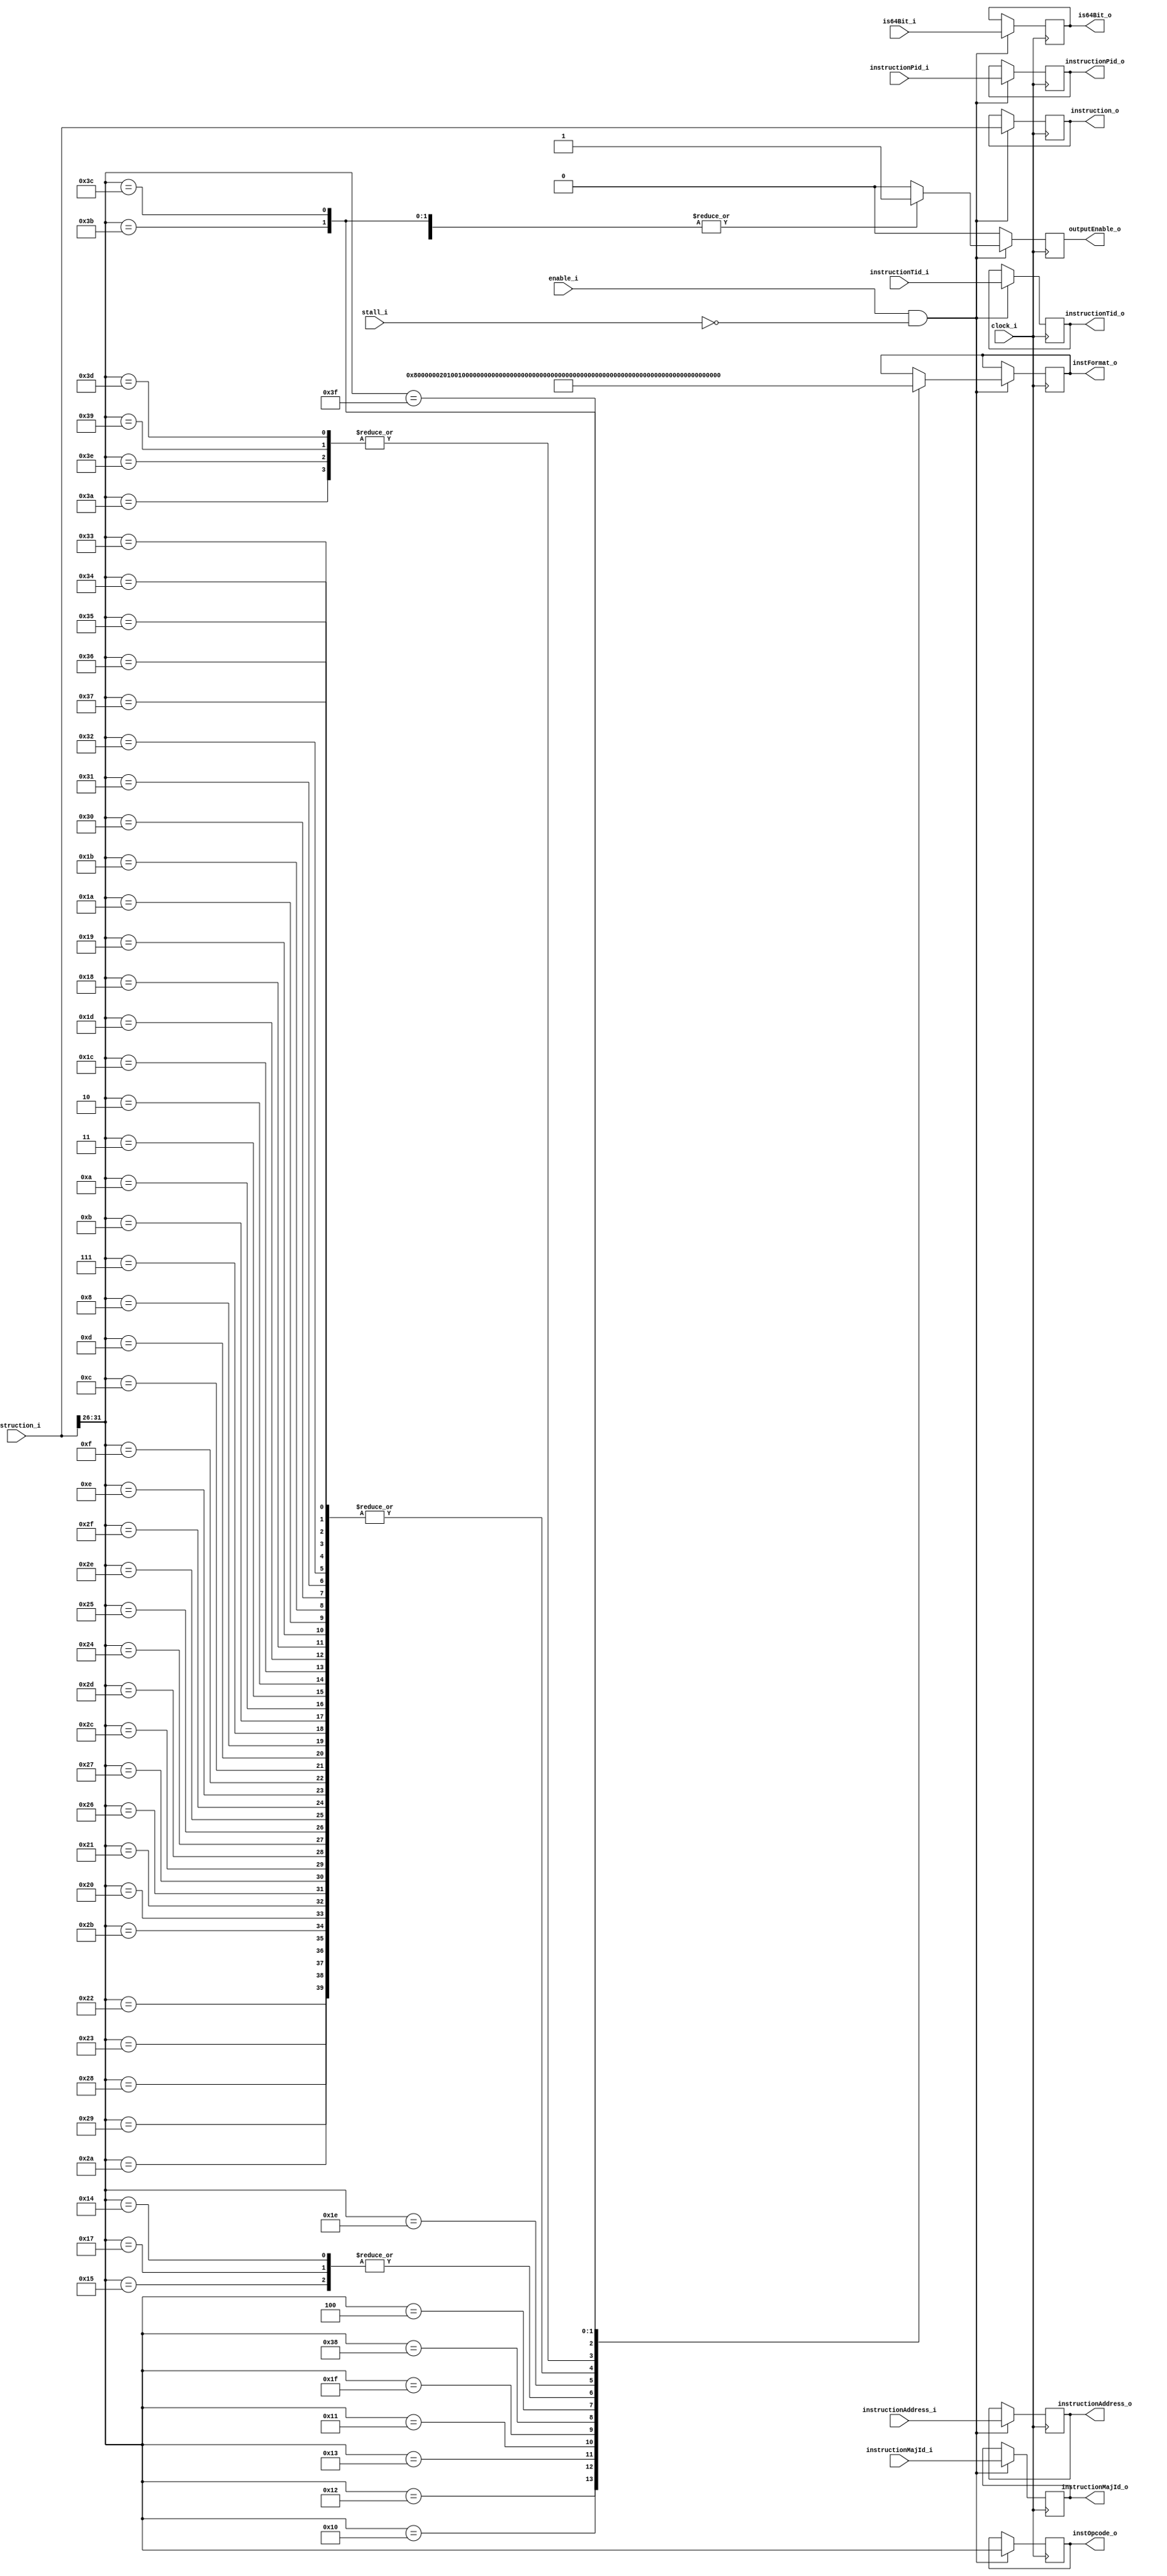
`timescale 1ns / 1ps
//`define DEBUG
//`define DEBUG_PRINT
`define QUIET_INVALID
/*/////////Format decode/////////////
Writen by Josh "Hakaru" Cantwell - 19.12.2022

The Power ISA specifies 25 different instruction formats, this decode unit operates in 3 stages, these are decribed below:
This stage takes the instruction from the fetch unit and performs a quick scan on the instruction to determine 
the instruction's format. It then provides the instruction to the format specific decoder.
*/

module FormatScanner
#(
    parameter addressWidth = 64, //addresses are 64 bits wide
    parameter instructionWidth = 4 * 8, // POWER instructions are 4 byte fixed sized
    parameter PidSize = 32, parameter TidSize = 64,
    parameter instructionCounterWidth = 64,// 64 bit counter to uniquly identify instructions, this is known as the major ID as instructions may be broken into micro instructions which will have the same major ID yet unique minor IDs
    parameter primOpcodeSize = 6,
    parameter formatScannerInstance = 0,

    //Each format has a unique bit, this means that I can or multiple formats together into a single variable to pass to
    //the next stage for the format-specific decoders to look at for the instruction opcodes with multiple possible formats

    parameter A = 2**00, parameter B = 2**01, parameter D = 2**02, parameter DQ = 2**03, parameter DS = 2**04, parameter DX = 2**05,
    parameter I = 2**06, parameter M = 2**07, parameter MD = 2**08, parameter MDS = 2**09, parameter SC = 2**10, parameter VA = 2**11,
    parameter VC = 2**12, parameter VX = 2**13, parameter X = 2**14, parameter XFL = 2**15, parameter XFX = 2**16, parameter XL = 2**17,
    parameter XO = 2**18, parameter XS = 2**19, parameter XX2 = 2**20, parameter XX3 = 2**21, parameter XX4 = 2**22,
    parameter Z22 = 2**23, parameter Z23 = 2**24     
)
(
    ///Input
    //command
    input wire clock_i,
    `ifdef DEBUG_PRINT 
    input wire reset_i,
`endif
    input wire enable_i, stall_i,
    //data
    input wire [0:instructionWidth-1] instruction_i,
    input wire [0:addressWidth-1] instructionAddress_i,
    input wire is64Bit_i,
    input wire [0:PidSize-1] instructionPid_i,
    input wire [0:TidSize-1] instructionTid_i,
    input wire [0:instructionCounterWidth-1] instructionMajId_i,
    ///Output
    output reg outputEnable_o,
    output reg [0:25-1] instFormat_o,
    output reg [0:primOpcodeSize-1] instOpcode_o,
    output reg [0:instructionWidth-1] instruction_o,
    output reg [0:addressWidth-1] instructionAddress_o,
    output reg is64Bit_o,
    output reg [0:PidSize-1] instructionPid_o,
    output reg [0:TidSize-1] instructionTid_o,
    output reg [0:instructionCounterWidth-1] instructionMajId_o
);

`ifdef DEBUG_PRINT
integer debugFID;
`endif

always @(posedge clock_i)
begin
    `ifdef DEBUG_PRINT
    if(reset_i)
    begin
        $display("Format scanner reset");
        case(formatScannerInstance)//If we have multiple decoders, they each get different files. The second number indicates the decoder# log file.
        0: begin 
            debugFID = $fopen("DecodeFormatScan0.log", "w");
        end
        1: begin 
            debugFID = $fopen("DecodeFormatScan1.log", "w");
        end
        2: begin 
            debugFID = $fopen("DecodeFormatScan2.log", "w");
        end
        3: begin 
            debugFID = $fopen("DecodeFormatScan3.log", "w");
        end
        4: begin 
            debugFID = $fopen("DecodeFormatScan4.log", "w");
        end
        5: begin 
            debugFID = $fopen("DecodeFormatScan5.log", "w");
        end
        6: begin 
            debugFID = $fopen("DecodeFormatScan6.log", "w");
        end
        7: begin 
            debugFID = $fopen("DecodeFormatScan7.log", "w");
        end
        endcase
        
    end
    else `endif if(enable_i && !stall_i)
    begin
        //pass through the format agnostic data
        instruction_o <= instruction_i;
        instructionAddress_o <= instructionAddress_i;
        is64Bit_o <= is64Bit_i;
        instructionPid_o <= instructionPid_i;
        instructionTid_o <= instructionTid_i;
        instructionMajId_o <= instructionMajId_i;
        instOpcode_o <= instruction_i[0+:primOpcodeSize];
        //determine the instructino format
        case(instruction_i[0+:primOpcodeSize])
        18: begin outputEnable_o <= 1; instFormat_o <= I;           
        `ifdef DEBUG $display("FormatScan Inst: %d: Instruction I Format", instructionMajId_i); `endif 
        `ifdef DEBUG_PRINT $fdisplay(debugFID, "FormatScan Inst: %d: Instruction I Format", instructionMajId_i); `endif 
        end //I-form
        16: begin outputEnable_o <= 1; instFormat_o <= B;           
        `ifdef DEBUG $display("FormatScan Inst: %d: Instruction B Format", instructionMajId_i); `endif 
        `ifdef DEBUG_PRINT $fdisplay(debugFID, "FormatScan Inst: %d: Instruction B Format", instructionMajId_i); `endif 
        end //B-form
        19: begin outputEnable_o <= 1; instFormat_o <= XL | DX;     
        `ifdef DEBUG $display("FormatScan Inst: %d: Instruction XL | DX Format", instructionMajId_i); `endif 
        `ifdef DEBUG_PRINT $fdisplay(debugFID, "FormatScan Inst: %d: Instruction XL | DX Format", instructionMajId_i); `endif 
        end //XL-form | DX-form
        17: begin outputEnable_o <= 1; instFormat_o <= SC;          
        `ifdef DEBUG $display("FormatScan Inst: %d: Instruction SC Format", instructionMajId_i); `endif
        `ifdef DEBUG_PRINT $fdisplay(debugFID, "FormatScan Inst: %d: Instruction SC Format", instructionMajId_i); `endif 
         end //SC-form
        34: begin outputEnable_o <= 1; instFormat_o <= D;           
        `ifdef DEBUG $display("FormatScan Inst: %d: Instruction F Format", instructionMajId_i); `endif
        `ifdef DEBUG_PRINT $fdisplay(debugFID, "FormatScan Inst: %d: Instruction F Format", instructionMajId_i); `endif 
         end //D-form
        35: begin outputEnable_o <= 1; instFormat_o <= D;           
        `ifdef DEBUG $display("FormatScan Inst: %d: Instruction F Format", instructionMajId_i); `endif
        `ifdef DEBUG_PRINT $fdisplay(debugFID, "FormatScan Inst: %d: Instruction F Format", instructionMajId_i); `endif 
         end //D-form
        31: begin outputEnable_o <= 1; instFormat_o <= X | XO | Z23 | A | XS | XFX; 
        `ifdef DEBUG $display("FormatScan Inst: %d: Instruction X | XO | Z23 | A | XS | XFX Format", instructionMajId_i); `endif
        `ifdef DEBUG_PRINT $fdisplay(debugFID, "FormatScan Inst: %d: Instruction X | XO | Z23 | A | XS | XFX Format", instructionMajId_i); `endif 
         end //X-form | XO-form | Z23-form | A-form | XS-form | XFX-form
        40: begin outputEnable_o <= 1; instFormat_o <= D;           
        `ifdef DEBUG $display("FormatScan Inst: %d: Instruction D Format", instructionMajId_i); `endif
        `ifdef DEBUG_PRINT $fdisplay(debugFID, "FormatScan Inst: %d: Instruction D Format", instructionMajId_i); `endif 
         end //D-form
        41: begin outputEnable_o <= 1; instFormat_o <= D;           
        `ifdef DEBUG $display("FormatScan Inst: %d: Instruction D Format", instructionMajId_i); `endif
        `ifdef DEBUG_PRINT $fdisplay(debugFID, "FormatScan Inst: %d: Instruction D Format", instructionMajId_i); `endif 
         end //D-form
        42: begin outputEnable_o <= 1; instFormat_o <= D;           
        `ifdef DEBUG $display("FormatScan Inst: %d: Instruction D Format", instructionMajId_i); `endif
        `ifdef DEBUG_PRINT $fdisplay(debugFID, "FormatScan Inst: %d: Instruction D Format", instructionMajId_i); `endif 
         end //D-form
        43: begin outputEnable_o <= 1; instFormat_o <= D;           
        `ifdef DEBUG $display("FormatScan Inst: %d: Instruction D Format", instructionMajId_i); `endif
        `ifdef DEBUG_PRINT $fdisplay(debugFID, "FormatScan Inst: %d: Instruction D Format", instructionMajId_i); `endif 
         end //D-form
        32: begin outputEnable_o <= 1; instFormat_o <= D;           
        `ifdef DEBUG $display("FormatScan Inst: %d: Instruction D Format", instructionMajId_i); `endif
        `ifdef DEBUG_PRINT $fdisplay(debugFID, "FormatScan Inst: %d: Instruction D Format", instructionMajId_i); `endif 
         end //D-form
        33: begin outputEnable_o <= 1; instFormat_o <= D;           
        `ifdef DEBUG $display("FormatScan Inst: %d: Instruction D Format", instructionMajId_i); `endif
        `ifdef DEBUG_PRINT $fdisplay(debugFID, "FormatScan Inst: %d: Instruction D Format", instructionMajId_i); `endif 
         end //D-form
        58: begin outputEnable_o <= 1; instFormat_o <= DS;          
        `ifdef DEBUG $display("FormatScan Inst: %d: Instruction DS Format", instructionMajId_i); `endif
        `ifdef DEBUG_PRINT $fdisplay(debugFID, "FormatScan Inst: %d: Instruction DS Format", instructionMajId_i); `endif 
         end //DS-form
        38: begin outputEnable_o <= 1; instFormat_o <= D;           
        `ifdef DEBUG $display("FormatScan Inst: %d: Instruction D Format", instructionMajId_i); `endif
        `ifdef DEBUG_PRINT $fdisplay(debugFID, "FormatScan Inst: %d: Instruction D Format", instructionMajId_i); `endif 
         end //D-form
        39: begin outputEnable_o <= 1; instFormat_o <= D;           
        `ifdef DEBUG $display("FormatScan Inst: %d: Instruction D Format", instructionMajId_i); `endif
        `ifdef DEBUG_PRINT $fdisplay(debugFID, "FormatScan Inst: %d: Instruction D Format", instructionMajId_i); `endif 
         end //D-form
        44: begin outputEnable_o <= 1; instFormat_o <= D;           
        `ifdef DEBUG $display("FormatScan Inst: %d: Instruction D Format", instructionMajId_i); `endif
        `ifdef DEBUG_PRINT $fdisplay(debugFID, "FormatScan Inst: %d: Instruction D Format", instructionMajId_i); `endif 
         end //D-form
        45: begin outputEnable_o <= 1; instFormat_o <= D;           
        `ifdef DEBUG $display("FormatScan Inst: %d: Instruction D Format", instructionMajId_i); `endif
        `ifdef DEBUG_PRINT $fdisplay(debugFID, "FormatScan Inst: %d: Instruction D Format", instructionMajId_i); `endif 
         end //D-form
        36: begin outputEnable_o <= 1; instFormat_o <= D;           
        `ifdef DEBUG $display("FormatScan Inst: %d: Instruction D Format", instructionMajId_i); `endif
        `ifdef DEBUG_PRINT $fdisplay(debugFID, "FormatScan Inst: %d: Instruction D Format", instructionMajId_i); `endif 
         end //D-form
        37: begin outputEnable_o <= 1; instFormat_o <= D;           
        `ifdef DEBUG $display("FormatScan Inst: %d: Instruction D Format", instructionMajId_i); `endif
        `ifdef DEBUG_PRINT $fdisplay(debugFID, "FormatScan Inst: %d: Instruction D Format", instructionMajId_i); `endif 
         end //D-form
        62: begin outputEnable_o <= 1; instFormat_o <= DS;          
        `ifdef DEBUG $display("FormatScan Inst: %d: Instruction DS Format", instructionMajId_i); `endif
        `ifdef DEBUG_PRINT $fdisplay(debugFID, "FormatScan Inst: %d: Instruction DS Format", instructionMajId_i); `endif 
         end //DS-form
        56: begin outputEnable_o <= 1; instFormat_o <= DQ;          
        `ifdef DEBUG $display("FormatScan Inst: %d: Instruction DQ Format", instructionMajId_i); `endif
        `ifdef DEBUG_PRINT $fdisplay(debugFID, "FormatScan Inst: %d: Instruction DQ Format", instructionMajId_i); `endif 
         end //DQ-form
        62: begin outputEnable_o <= 1; instFormat_o <= DS;          
        `ifdef DEBUG $display("FormatScan Inst: %d: Instruction DS Format", instructionMajId_i); `endif
        `ifdef DEBUG_PRINT $fdisplay(debugFID, "FormatScan Inst: %d: Instruction DS Format", instructionMajId_i); `endif 
         end //DS-form
        46: begin outputEnable_o <= 1; instFormat_o <= D;           
        `ifdef DEBUG $display("FormatScan Inst: %d: Instruction D Format", instructionMajId_i); `endif
        `ifdef DEBUG_PRINT $fdisplay(debugFID, "FormatScan Inst: %d: Instruction D Format", instructionMajId_i); `endif 
         end //D-form
        47: begin outputEnable_o <= 1; instFormat_o <= D;           
        `ifdef DEBUG $display("FormatScan Inst: %d: Instruction D Format", instructionMajId_i); `endif
        `ifdef DEBUG_PRINT $fdisplay(debugFID, "FormatScan Inst: %d: Instruction D Format", instructionMajId_i); `endif 
         end //D-form
        14: begin outputEnable_o <= 1; instFormat_o <= D;           
        `ifdef DEBUG $display("FormatScan Inst: %d: Instruction D Format", instructionMajId_i); `endif
        `ifdef DEBUG_PRINT $fdisplay(debugFID, "FormatScan Inst: %d: Instruction D Format", instructionMajId_i); `endif 
         end //D-form
        15: begin outputEnable_o <= 1; instFormat_o <= D;           
        `ifdef DEBUG $display("FormatScan Inst: %d: Instruction D Format", instructionMajId_i); `endif
        `ifdef DEBUG_PRINT $fdisplay(debugFID, "FormatScan Inst: %d: Instruction D Format", instructionMajId_i); `endif 
         end //D-form
        12: begin outputEnable_o <= 1; instFormat_o <= D;           
        `ifdef DEBUG $display("FormatScan Inst: %d: Instruction D Format", instructionMajId_i); `endif
        `ifdef DEBUG_PRINT $fdisplay(debugFID, "FormatScan Inst: %d: Instruction D Format", instructionMajId_i); `endif 
         end //D-form
        13: begin outputEnable_o <= 1; instFormat_o <= D;           
        `ifdef DEBUG $display("FormatScan Inst: %d: Instruction D Format", instructionMajId_i); `endif
        `ifdef DEBUG_PRINT $fdisplay(debugFID, "FormatScan Inst: %d: Instruction D Format", instructionMajId_i); `endif 
         end //D-form
        08: begin outputEnable_o <= 1; instFormat_o <= D;           
        `ifdef DEBUG $display("FormatScan Inst: %d: Instruction D Format", instructionMajId_i); `endif
        `ifdef DEBUG_PRINT $fdisplay(debugFID, "FormatScan Inst: %d: Instruction D Format", instructionMajId_i); `endif 
         end //D-form
        07: begin outputEnable_o <= 1; instFormat_o <= D;           
        `ifdef DEBUG $display("FormatScan Inst: %d: Instruction D Format", instructionMajId_i); `endif
        `ifdef DEBUG_PRINT $fdisplay(debugFID, "FormatScan Inst: %d: Instruction D Format", instructionMajId_i); `endif 
         end //D-form
        04: begin outputEnable_o <= 1; instFormat_o <= VA | VX | VC;                
        `ifdef DEBUG $display("FormatScan Inst: %d: Instruction VA | VX | VC Format", instructionMajId_i); `endif
        `ifdef DEBUG_PRINT $fdisplay(debugFID, "FormatScan Inst: %d: Instruction VA | VX | VC Format", instructionMajId_i); `endif 
        end //VA-form | VX-form | VC-form
        11: begin outputEnable_o <= 1; instFormat_o <= D;           
        `ifdef DEBUG $display("FormatScan Inst: %d: Instruction D Format", instructionMajId_i); `endif
        `ifdef DEBUG_PRINT $fdisplay(debugFID, "FormatScan Inst: %d: Instruction D Format", instructionMajId_i); `endif 
         end //D-form
        10: begin outputEnable_o <= 1; instFormat_o <= D;           
        `ifdef DEBUG $display("FormatScan Inst: %d: Instruction D Format", instructionMajId_i); `endif
        `ifdef DEBUG_PRINT $fdisplay(debugFID, "FormatScan Inst: %d: Instruction D Format", instructionMajId_i); `endif 
         end //D-form
        03: begin outputEnable_o <= 1; instFormat_o <= D;           
        `ifdef DEBUG $display("FormatScan Inst: %d: Instruction D Format", instructionMajId_i); `endif
        `ifdef DEBUG_PRINT $fdisplay(debugFID, "FormatScan Inst: %d: Instruction D Format", instructionMajId_i); `endif 
         end //D-form
        02: begin outputEnable_o <= 1; instFormat_o <= D;           
        `ifdef DEBUG $display("FormatScan Inst: %d: Instruction D Format", instructionMajId_i); `endif
        `ifdef DEBUG_PRINT $fdisplay(debugFID, "FormatScan Inst: %d: Instruction D Format", instructionMajId_i); `endif 
         end //D-form
        28: begin outputEnable_o <= 1; instFormat_o <= D;           
        `ifdef DEBUG $display("FormatScan Inst: %d: Instruction D Format", instructionMajId_i); `endif
        `ifdef DEBUG_PRINT $fdisplay(debugFID, "FormatScan Inst: %d: Instruction D Format", instructionMajId_i); `endif 
         end //D-form
        29: begin outputEnable_o <= 1; instFormat_o <= D;           
        `ifdef DEBUG $display("FormatScan Inst: %d: Instruction D Format", instructionMajId_i); `endif
        `ifdef DEBUG_PRINT $fdisplay(debugFID, "FormatScan Inst: %d: Instruction D Format", instructionMajId_i); `endif 
         end //D-form
        24: begin outputEnable_o <= 1; instFormat_o <= D;           
        `ifdef DEBUG $display("FormatScan Inst: %d: Instruction D Format", instructionMajId_i); `endif
        `ifdef DEBUG_PRINT $fdisplay(debugFID, "FormatScan Inst: %d: Instruction D Format", instructionMajId_i); `endif 
         end //D-form
        25: begin outputEnable_o <= 1; instFormat_o <= D;           
        `ifdef DEBUG $display("FormatScan Inst: %d: Instruction D Format", instructionMajId_i); `endif
        `ifdef DEBUG_PRINT $fdisplay(debugFID, "FormatScan Inst: %d: Instruction D Format", instructionMajId_i); `endif 
         end //D-form
        26: begin outputEnable_o <= 1; instFormat_o <= D;           
        `ifdef DEBUG $display("FormatScan Inst: %d: Instruction D Format", instructionMajId_i); `endif
        `ifdef DEBUG_PRINT $fdisplay(debugFID, "FormatScan Inst: %d: Instruction D Format", instructionMajId_i); `endif 
         end //D-form
        27: begin outputEnable_o <= 1; instFormat_o <= D;           
        `ifdef DEBUG $display("FormatScan Inst: %d: Instruction D Format", instructionMajId_i); `endif
        `ifdef DEBUG_PRINT $fdisplay(debugFID, "FormatScan Inst: %d: Instruction D Format", instructionMajId_i); `endif 
         end //D-form
        21: begin outputEnable_o <= 1; instFormat_o <= M;           
        `ifdef DEBUG $display("FormatScan Inst: %d: Instruction M Format", instructionMajId_i); `endif
        `ifdef DEBUG_PRINT $fdisplay(debugFID, "FormatScan Inst: %d: Instruction M Format", instructionMajId_i); `endif 
         end //M-form
        23: begin outputEnable_o <= 1; instFormat_o <= M;           
        `ifdef DEBUG $display("FormatScan Inst: %d: Instruction M Format", instructionMajId_i); `endif
        `ifdef DEBUG_PRINT $fdisplay(debugFID, "FormatScan Inst: %d: Instruction M Format", instructionMajId_i); `endif 
         end //M-form
        20: begin outputEnable_o <= 1; instFormat_o <= M;           
        `ifdef DEBUG $display("FormatScan Inst: %d: Instruction M Format", instructionMajId_i); `endif
        `ifdef DEBUG_PRINT $fdisplay(debugFID, "FormatScan Inst: %d: Instruction M Format", instructionMajId_i); `endif 
         end //M-form
        30: begin outputEnable_o <= 1; instFormat_o <= MD;          
        `ifdef DEBUG $display("FormatScan Inst: %d: Instruction MD Format", instructionMajId_i); `endif
        `ifdef DEBUG_PRINT $fdisplay(debugFID, "FormatScan Inst: %d: Instruction MD Format", instructionMajId_i); `endif 
         end //MD-form
        30: begin outputEnable_o <= 1; instFormat_o <= MDS;         
        `ifdef DEBUG $display("FormatScan Inst: %d: Instruction MDS Format", instructionMajId_i); `endif
        `ifdef DEBUG_PRINT $fdisplay(debugFID, "FormatScan Inst: %d: Instruction MDS Format", instructionMajId_i); `endif 
         end //MDS-form
        48: begin outputEnable_o <= 1; instFormat_o <= D;           
        `ifdef DEBUG $display("FormatScan Inst: %d: Instruction D Format", instructionMajId_i); `endif
        `ifdef DEBUG_PRINT $fdisplay(debugFID, "FormatScan Inst: %d: Instruction D Format", instructionMajId_i); `endif 
         end //D-form
        49: begin outputEnable_o <= 1; instFormat_o <= D;           
        `ifdef DEBUG $display("FormatScan Inst: %d: Instruction D Format", instructionMajId_i); `endif
        `ifdef DEBUG_PRINT $fdisplay(debugFID, "FormatScan Inst: %d: Instruction D Format", instructionMajId_i); `endif 
         end //D-form
        50: begin outputEnable_o <= 1; instFormat_o <= D;           
        `ifdef DEBUG $display("FormatScan Inst: %d: Instruction D Format", instructionMajId_i); `endif
        `ifdef DEBUG_PRINT $fdisplay(debugFID, "FormatScan Inst: %d: Instruction D Format", instructionMajId_i); `endif 
         end //D-form
        51: begin outputEnable_o <= 1; instFormat_o <= D;           
        `ifdef DEBUG $display("FormatScan Inst: %d: Instruction D Format", instructionMajId_i); `endif
        `ifdef DEBUG_PRINT $fdisplay(debugFID, "FormatScan Inst: %d: Instruction D Format", instructionMajId_i); `endif 
         end //D-form
        52: begin outputEnable_o <= 1; instFormat_o <= D;           
        `ifdef DEBUG $display("FormatScan Inst: %d: Instruction D Format", instructionMajId_i); `endif
        `ifdef DEBUG_PRINT $fdisplay(debugFID, "FormatScan Inst: %d: Instruction D Format", instructionMajId_i); `endif 
         end //D-form
        53: begin outputEnable_o <= 1; instFormat_o <= D;           
        `ifdef DEBUG $display("FormatScan Inst: %d: Instruction D Format", instructionMajId_i); `endif
        `ifdef DEBUG_PRINT $fdisplay(debugFID, "FormatScan Inst: %d: Instruction D Format", instructionMajId_i); `endif 
         end //D-form
        54: begin outputEnable_o <= 1; instFormat_o <= D;           
        `ifdef DEBUG $display("FormatScan Inst: %d: Instruction D Format", instructionMajId_i); `endif
        `ifdef DEBUG_PRINT $fdisplay(debugFID, "FormatScan Inst: %d: Instruction D Format", instructionMajId_i); `endif 
         end //D-form
        55: begin outputEnable_o <= 1; instFormat_o <= D;           
        `ifdef DEBUG $display("FormatScan Inst: %d: Instruction D Format", instructionMajId_i); `endif
        `ifdef DEBUG_PRINT $fdisplay(debugFID, "FormatScan Inst: %d: Instruction D Format", instructionMajId_i); `endif 
         end //D-form
        57: begin outputEnable_o <= 1; instFormat_o <= DS;          
        `ifdef DEBUG $display("FormatScan Inst: %d: Instruction DS Format", instructionMajId_i); `endif 
        `ifdef DEBUG_PRINT $fdisplay(debugFID, "FormatScan Inst: %d: Instruction DS Format", instructionMajId_i); `endif 
        end //DS-form
        61: begin outputEnable_o <= 1; instFormat_o <= DS;          
        `ifdef DEBUG $display("FormatScan Inst: %d: Instruction DS Format", instructionMajId_i); `endif
        `ifdef DEBUG_PRINT $fdisplay(debugFID, "FormatScan Inst: %d: Instruction DS Format", instructionMajId_i); `endif 
         end //DS-form
        63: begin outputEnable_o <= 1; instFormat_o <= A | X | XFL | Z22 | Z23;     
        `ifdef DEBUG $display("FormatScan Inst: %d: Instruction A | X | XFL | Z22 | Z23 Format", instructionMajId_i); `endif
        `ifdef DEBUG_PRINT $fdisplay(debugFID, "FormatScan Inst: %d: Instruction A | X | XFL | Z22 | Z23 Format", instructionMajId_i); `endif 
        end //A-form | X-form | XFL-form | Z22-form | Z23-form
        59: begin outputEnable_o <= 1; instFormat_o <= A | X | Z22 | Z23;           
        `ifdef DEBUG $display("FormatScan Inst: %d: Instruction A | X | Z22 | Z23 Format", instructionMajId_i); `endif
        `ifdef DEBUG_PRINT $fdisplay(debugFID, "FormatScan Inst: %d: Instruction A | X | Z22 | Z23 Format", instructionMajId_i); `endif 
        end //A-form | X-form | Z22-form | Z23-form
        60: begin outputEnable_o <= 1; instFormat_o <= XX2 | XX3;   
        `ifdef DEBUG $display("FormatScan Inst: %d: Instruction XX2 | XX3 Format", instructionMajId_i); `endif
        `ifdef DEBUG_PRINT $fdisplay(debugFID, "FormatScan Inst: %d: Instruction XX2 | XX3 Format", instructionMajId_i); `endif 
        end //XX2-form | XX3-form
        default: begin outputEnable_o <= 0;         
        `ifndef QUIET_INVALID                
        `ifdef DEBUG $display("Fetch stage 1: Invalid instruction: %h. Opcode: %d", instruction_i, instructionMajId_i); `endif
        `ifdef DEBUG_PRINT $fdisplay(debugFID, "Fetch stage 1: Invalid instruction: %h. Opcode: %d", instructionMajId_i); `endif 
        `endif
        end //Error, invalid instruction
        endcase
    end
    else
        outputEnable_o <= 0; 

end

endmodule